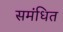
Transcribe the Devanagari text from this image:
समंधित